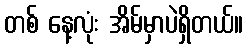
တစ် နေ့လုံး အိမ်မှာပဲရှိတယ်။